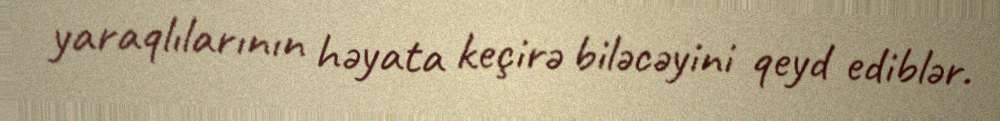
yaraqlılarının həyata keçirə biləcəyini qeyd ediblər.